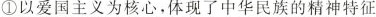
①以爱国主义为核心，体现了中华民族的精神特征